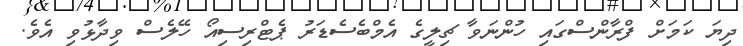
ދިޔަ ކަމަށް ފްރާންސްގައި ހުންނަވާ ޗިލީގެ އެމްބެސެޑަރު ޕެޓްރިސިއޯ ހޭލެސް ވިދާޅުވި އެވެ.